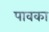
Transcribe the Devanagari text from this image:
पावका